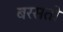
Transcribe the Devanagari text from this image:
बरसतो